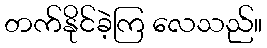
တက်နိုင်ခဲ့ကြ လေသည်။